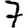
Digit: 7